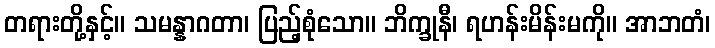
တရားတို့နှင့်။ သမန္နာဂတာ၊ ပြည့်စုံသော။ ဘိက္ခုနီ၊ ရဟန်းမိန်းမကို။ အာဘတံ၊